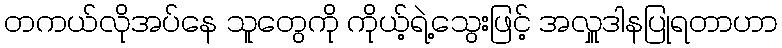
တကယ်လိုအပ်နေ သူတွေကို ကိုယ့်ရဲ့သွေးဖြင့် အလှူဒါနပြုရတာဟာ